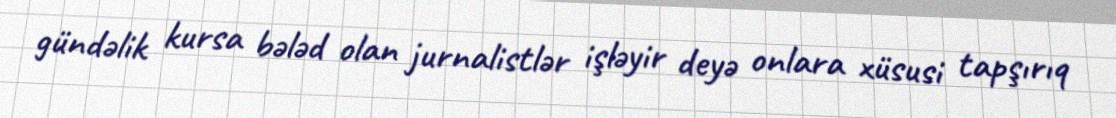
gündəlik kursa bələd olan jurnalistlər işləyir deyə onlara xüsusi tapşırıq